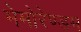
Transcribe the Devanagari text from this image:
मेमोरेण्डम